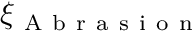
\xi _ { \mathrm { ~ A ~ b ~ r ~ a ~ s ~ i ~ o ~ n ~ } }